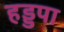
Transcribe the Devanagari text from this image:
हड्डपा